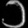
Digit: ၁